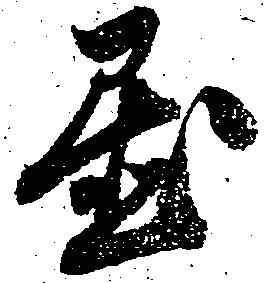
置